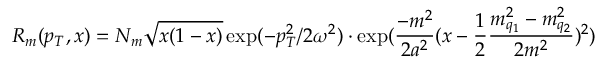
R _ { m } ( p _ { T } , x ) = N _ { m } \sqrt { x ( 1 - x ) } \exp ( - p _ { T } ^ { 2 } / 2 \omega ^ { 2 } ) \cdot \exp ( { \frac { - m ^ { 2 } } { 2 a ^ { 2 } } } ( x - { \frac { 1 } { 2 } } { \frac { m _ { q _ { 1 } } ^ { 2 } - m _ { q _ { 2 } } ^ { 2 } } { 2 m ^ { 2 } } } ) ^ { 2 } )